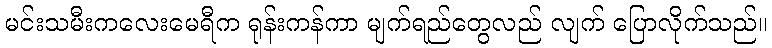
မင်းသမီးကလေးမေရီက ရုန်းကန်ကာ မျက်ရည်တွေလည် လျက် ပြောလိုက်သည်။